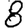
Digit: 8